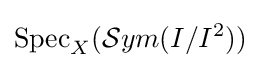
\operatorname {Spec} _{X}({\mathcal {S}}ym(I/I^{2}))